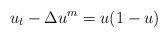
LaTeX: \begin{align*}u_t-\Delta u^m=u(1-u)\end{align*}